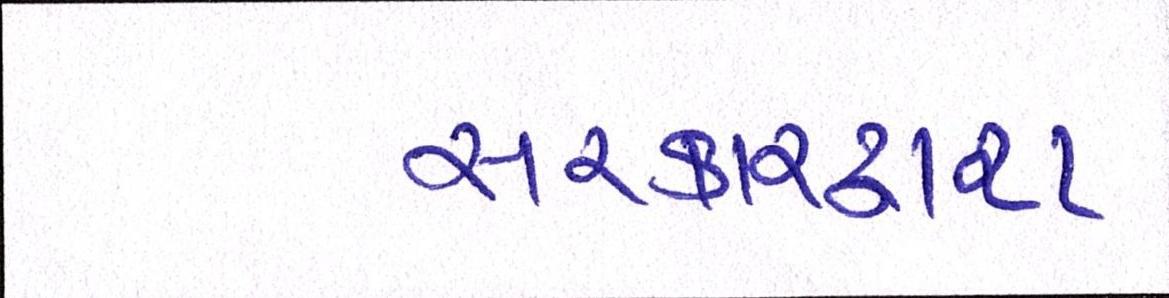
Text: સરકારદ્વારા